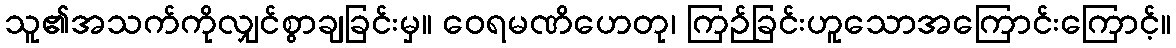
သူ၏အသက်ကိုလျှင်စွာချခြင်းမှ။ ဝေရမဏိဟေတု၊ ကြဉ်ခြင်းဟူသောအကြောင်းကြောင့်။